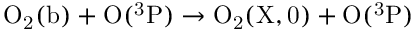
\mathrm { O _ { 2 } ( b ) + O ( ^ { 3 } P ) \rightarrow O _ { 2 } ( X , 0 ) + O ( ^ { 3 } P ) }